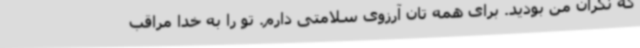
که نگران من بودید. برای همه تان آرزوی سلامتی دارم. تو را به خدا مراقب